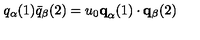
q _ { \alpha } ( 1 ) \bar { q } _ { \beta } ( 2 ) = u _ { 0 } { \bf q } _ { \alpha } ( 1 ) \cdot { \bf q } _ { \beta } ( 2 )